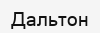
Дальтон